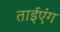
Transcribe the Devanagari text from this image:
ताईएंग